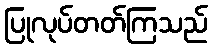
ပြုလုပ်တတ်ကြသည်